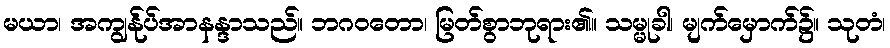
မယာ၊ အကျွန်ုပ်အာနန္ဒာသည်။ ဘဂဝတော၊ မြတ်စွာဘုရား၏။ သမ္မုခါ၊ မျက်မှောက်၌။ သုတံ၊